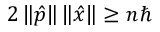
2 \left\| { \hat { p } } \right\| \left\| { \hat { x } } \right\| \geq n \hbar